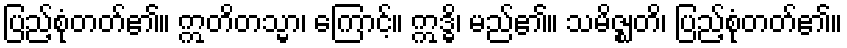
ပြည့်စုံတတ်၏။ ဣတိတသ္မာ၊ ကြောင့်။ ဣဒ္ဓိ၊ မည်၏။ သမိဇ္ဈတိ၊ ပြည့်စုံတတ်၏။